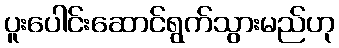
ပူးပေါင်းဆောင်ရွက်သွားမည်ဟု